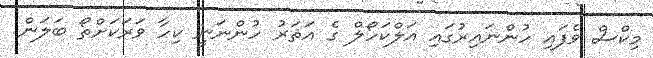
މިކްސް ވެފައި ހުންނައިރުގައި އަލްކަހޯލް ގެ އަޘަރު ހުންނަނީ ކިހާ ވަރަކަށްތޯ ބަލަން